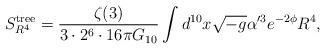
LaTeX: \begin{align*}S^{\rm tree}_{R^4}=\frac{\zeta(3)}{3\cdot 2^6\cdot 16\pi G_{10}} \int d^{10}x\sqrt{-g}\alpha'^3 e^{-2\phi}R^4,\end{align*}